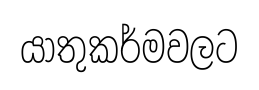
යාතුකර්මවලට